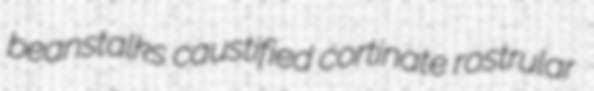
beanstalks caustified cortinate rostrular